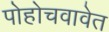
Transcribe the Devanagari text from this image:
पोहोचवावेत